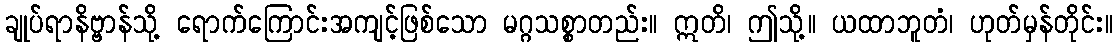
ချုပ်ရာနိဗ္ဗာန်သို့ ရောက်ကြောင်းအကျင့်ဖြစ်သော မဂ္ဂသစ္စာတည်း။ ဣတိ၊ ဤသို့။ ယထာဘူတံ၊ ဟုတ်မှန်တိုင်း။